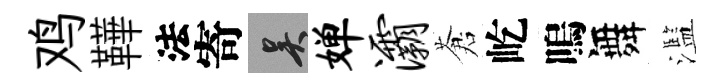
鸡鞾法寄吴婵灞蒼屹嗚舞濫